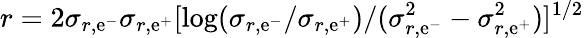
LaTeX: r=2\sigma_{r,\mathrm{e}^{-}}\sigma_{r,\mathrm{e}^{+}}[\log(\sigma_{r,\mathrm{e}^{-}}/\sigma_{r,\mathrm{e}^{+}})/(\sigma_{r,\mathrm{e}^{-}}^{2}-\sigma_{r,\mathrm{e}^{+}}^{2})]^{1/2}